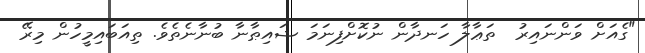
"ގެއަށް ވަންނައިރު  ތަޢާލާ ހަނދާން ނުކޮށްފިނަމަ ޝައިޠާނާ ބުނާނެތެވެ. ތިއަބައިމީހުން މިރޭ